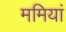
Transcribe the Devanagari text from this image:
ममियां